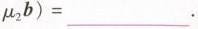
$$\mu_{2}b)=___$$.